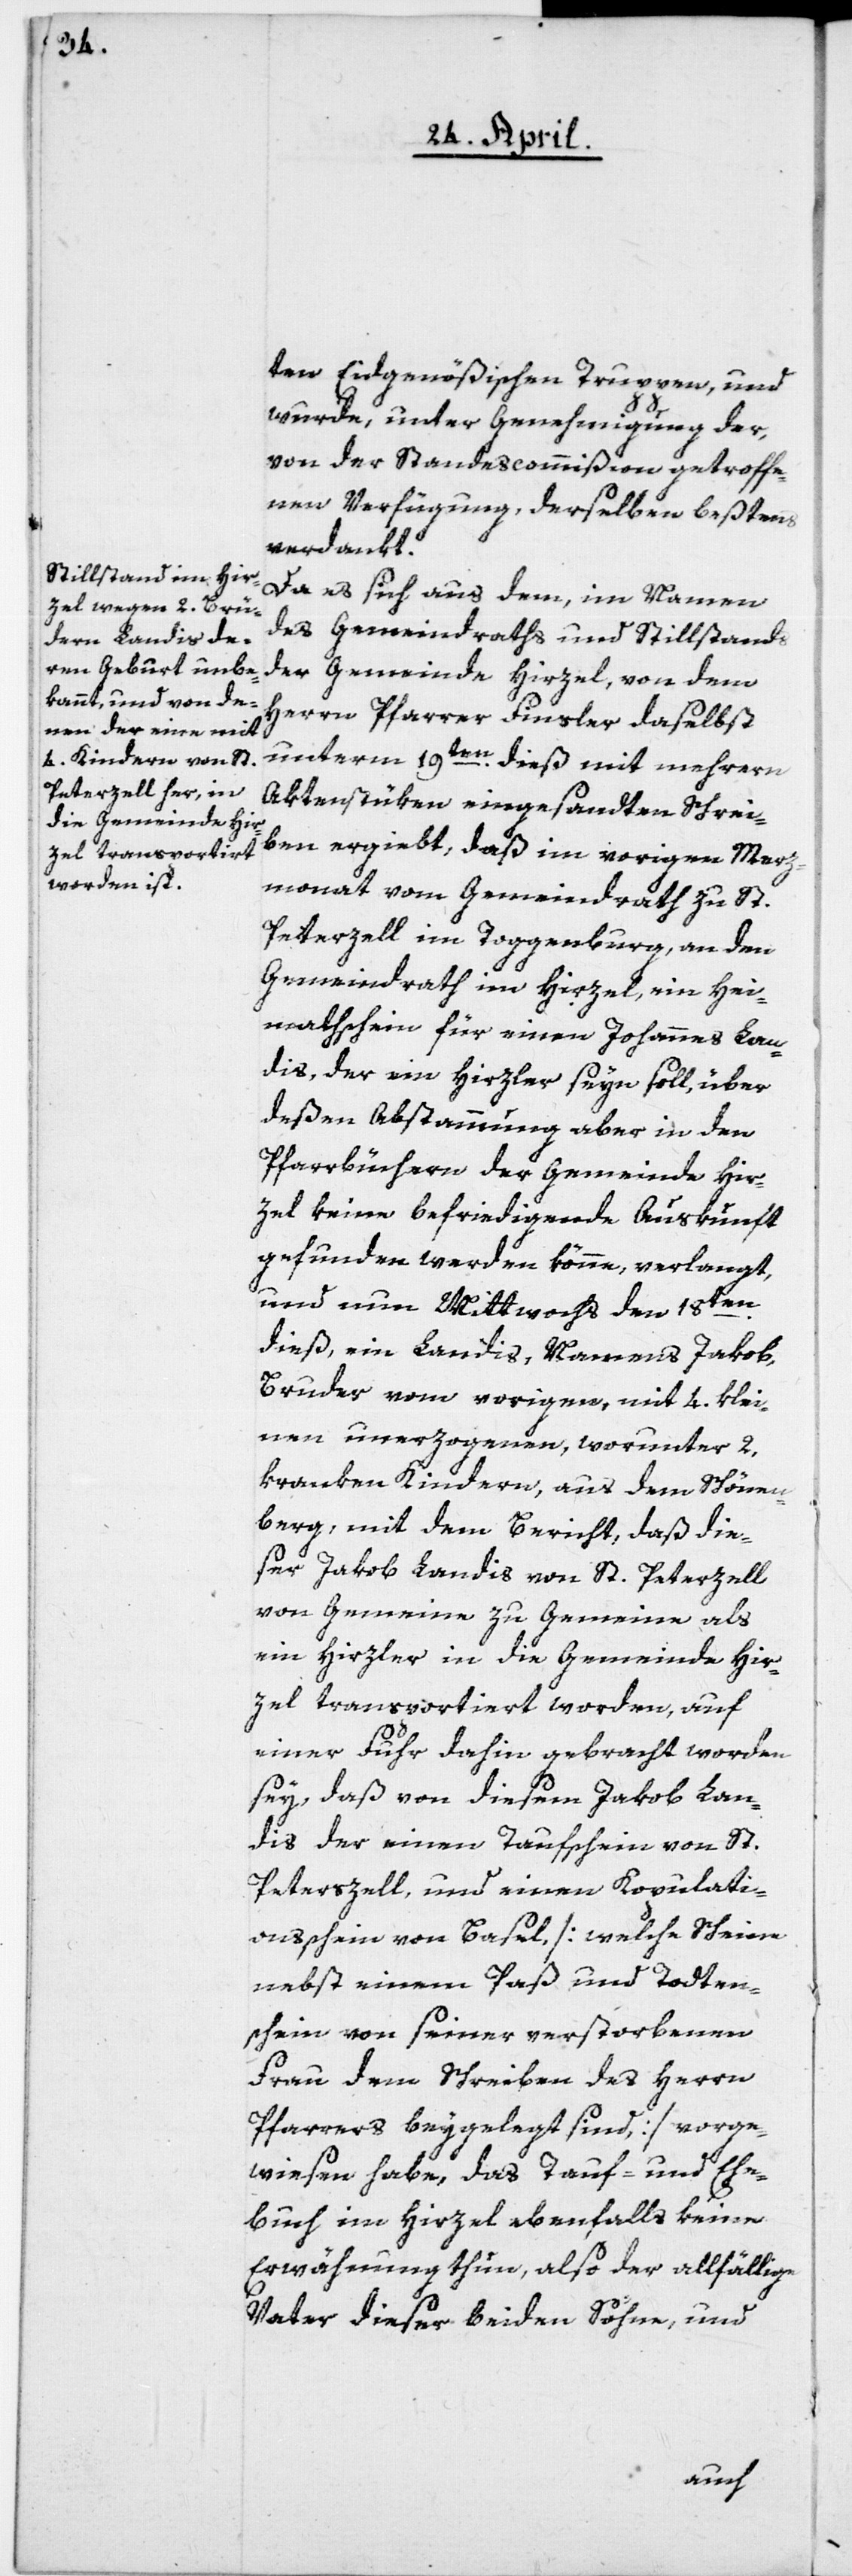
ten Eidgenößischen Truppen, und
wurde, unter Genehmigung der
von der Standescommißion getroffe¬
nen Verfügung, derselben beßtens
verdankt.
Da es sich aus dem, im Namen
des Gemeindraths und Stillstands
der Gemeinde Hirzel, von dem
Herrn Pfarrer Finsler daselbst
unterm 19ten dieß mit mehrern
Aktenstüken eingesandten Schrei¬
ben ergiebt, daß im vorigen Merz¬
monat vom Gemeindrath zu St.
Peterzell im Toggenburg, an den
Gemeindrath im Hirzel, ein Hei¬
matschein für einen Johannes Lan¬
dis, der im Hirzel seyn soll, über
deßen Abstammung aber in den
Pfarrbüchern der Gemeinde Hir¬
zel keine befriedigende Auskunft
gefunden werden könne, verlangt,
und nun Mittwoch den 18ten
dieß, ein Landis, Namens Jakob,
Bruder vom vorigen, mit 4. klei¬
nen unerzogenen, worunter 2
kranken Kindern, aus dem Schönen¬
berg, mit dem Bericht, daß die¬
ser Jakob Landis von St. Peterzell
von Gemeine zu Gemeine als
ein Hirzler in die Gemeinde Hir¬
zel transportiert worden, auf
einer Fuhr dahin gebracht worden
sey, daß von diesem Jakob Lan¬
dis, der einen Taufschein von St.
Peterzell, und einen Kopulati¬
onßchein von Basel [welche Scheine
nebst einem Paß und Todten¬
schein von seiner verstorbenen
Frau dem Schreiben des Herrn
Pfarrers beygelegt sind] vorge¬
wiesen habe, das Tauf- und Ehe¬
buch im Hirzel ebenfalls keine
Erwähnung thun, also der allfällige
Vater dieser beiden Söhne, und